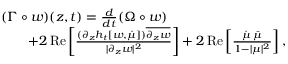
\begin{array} { r l } & { ( \Gamma \circ w ) ( z , t ) = \frac { d } { d t } ( \Omega \circ w ) } \\ & { \qquad + 2 \, \mathrm { R e } \left[ \frac { ( \partial _ { z } h _ { t } [ w , \dot { \mu } ] ) \overline { { \partial _ { z } w } } } { | \partial _ { z } w | ^ { 2 } } \right] + 2 \, \mathrm { R e } \left[ \frac { \dot { \mu } \, \bar { \mu } } { 1 - | \mu | ^ { 2 } } \right] , } \end{array}